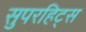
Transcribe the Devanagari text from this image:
सुपरहिट्स